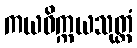
ကယဝိက္ကယသုတ္တံ